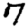
Digit: 7